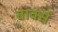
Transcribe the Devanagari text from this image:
बार्क्स